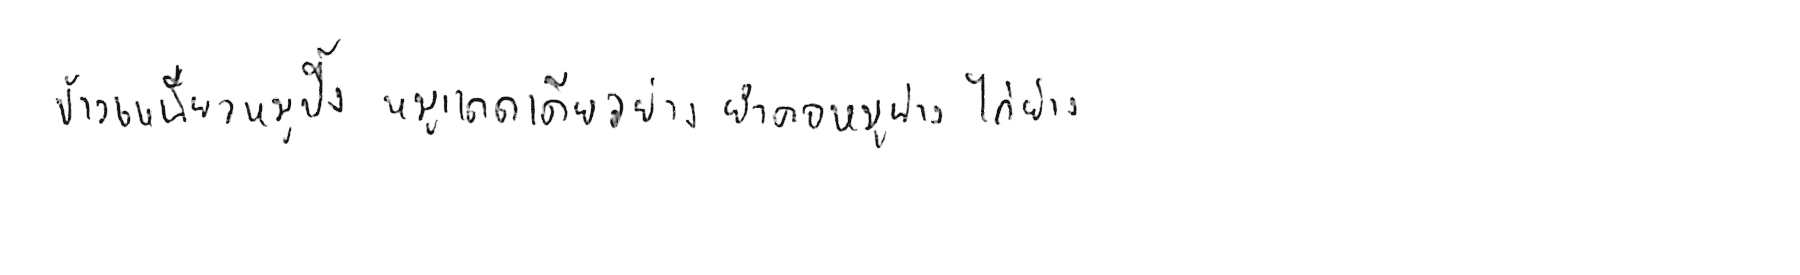
ข้าวเหนียวหมูปิ้ง หมูแดดเดียวย่าง ยำคอหมูย่าง ไก่ย่าง